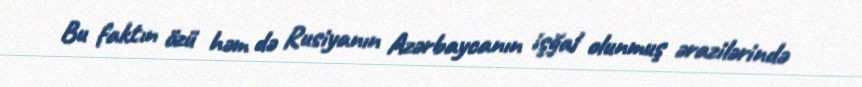
Bu faktın özü həm də Rusiyanın Azərbaycanın işğal olunmuş ərazilərində